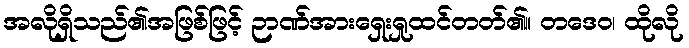
အလိုရှိသည်၏အဖြစ်ဖြင့် ဉာဏ်အားရှေးရှုထင်တတ်၏။ တဒေဝ၊ ထိုလို